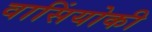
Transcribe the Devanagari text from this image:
वासिंयोकी